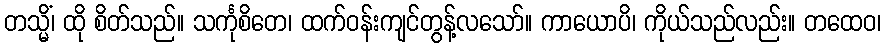
တသ္မိံ၊ ထို စိတ်သည်။ သင်္ကုစိတေ၊ ထက်ဝန်းကျင်တွန့်လသော်။ ကာယောပိ၊ ကိုယ်သည်လည်း။ တထေဝ၊